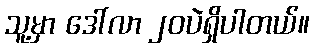
သူ့မှာ ဒေါ်လာ ၂၀ပဲရှိပါတယ်။